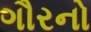
ગૌરનો